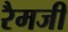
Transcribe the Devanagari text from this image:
रैमजी